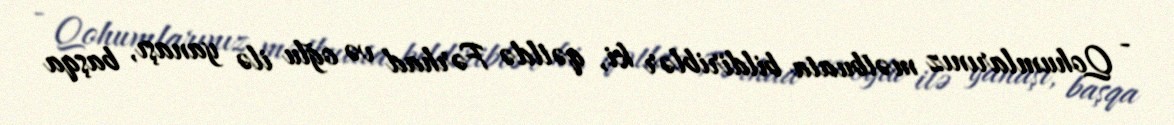
- Qohumlarınız mətbuata bildiriblər ki, qətldə Fərhad və oğlu ilə yanaşı, başqa